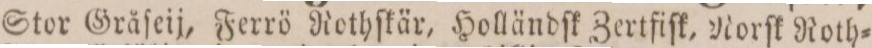
Stor Gräſeij, Ferrö Rothſkär, Holländſk Zertfiſk, Norſk Roth=